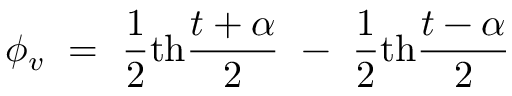
\phi _ { v } ~ = ~ { \frac { 1 } { 2 } } \mathrm { t h } { \frac { t + \alpha } { 2 } } ~ - ~ { \frac { 1 } { 2 } } \mathrm { t h } { \frac { t - \alpha } { 2 } }